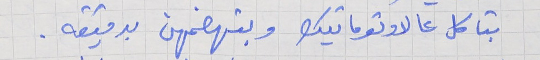
بتاكل عالاوتوماتيك     وبتهضمهن بدقيقه .